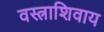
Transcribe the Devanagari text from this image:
वस्त्राशिवाय